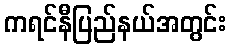
ကရင်နီပြည်နယ်အတွင်း